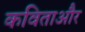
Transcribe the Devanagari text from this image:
कविताऔर